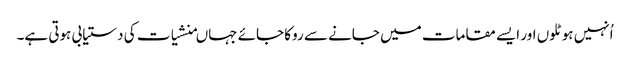
اُنہیں ہوٹلوں اور ایسے مقامات میں جانے سے روکا جائے جہاںمنشیات کی دستیابی ہوتی ہے۔